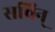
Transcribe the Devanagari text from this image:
सचिन्